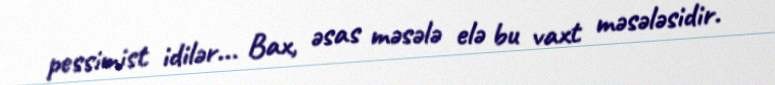
pessimist idilər... Bax, əsas məsələ elə bu vaxt məsələsidir.